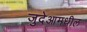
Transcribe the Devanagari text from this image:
जुदेआमधील